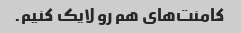
کامنت‌های هم رو لایک کنیم.